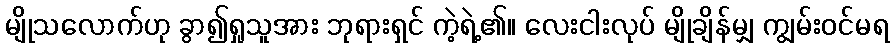
မျိုသလောက်ဟု ခွာ၍ရှုသူအား ဘုရားရှင် ကဲ့ရဲ့၏။ လေးငါးလုပ် မျိုချိန်မျှ ကျွမ်းဝင်မရ